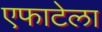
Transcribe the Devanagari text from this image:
एफाटेला